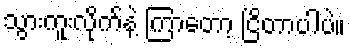
သွားကူးလိုက်နဲ့ ကြာတော့ ငြိတာပါပဲ။